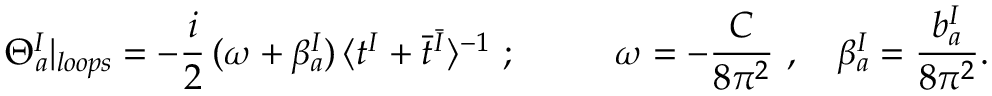
\Theta _ { a } ^ { I } | _ { l o o p s } = - \frac { i } { 2 } \, ( \omega + \beta _ { a } ^ { I } ) \, \langle t ^ { I } + \bar { t } ^ { \bar { I } } \rangle ^ { - 1 } ~ ; { } ~ ~ ~ ~ ~ ~ ~ ~ \omega = - \frac { C } { 8 \pi ^ { 2 } } ~ , ~ ~ ~ \beta _ { a } ^ { I } = \frac { b _ { a } ^ { I } } { 8 \pi ^ { 2 } } .